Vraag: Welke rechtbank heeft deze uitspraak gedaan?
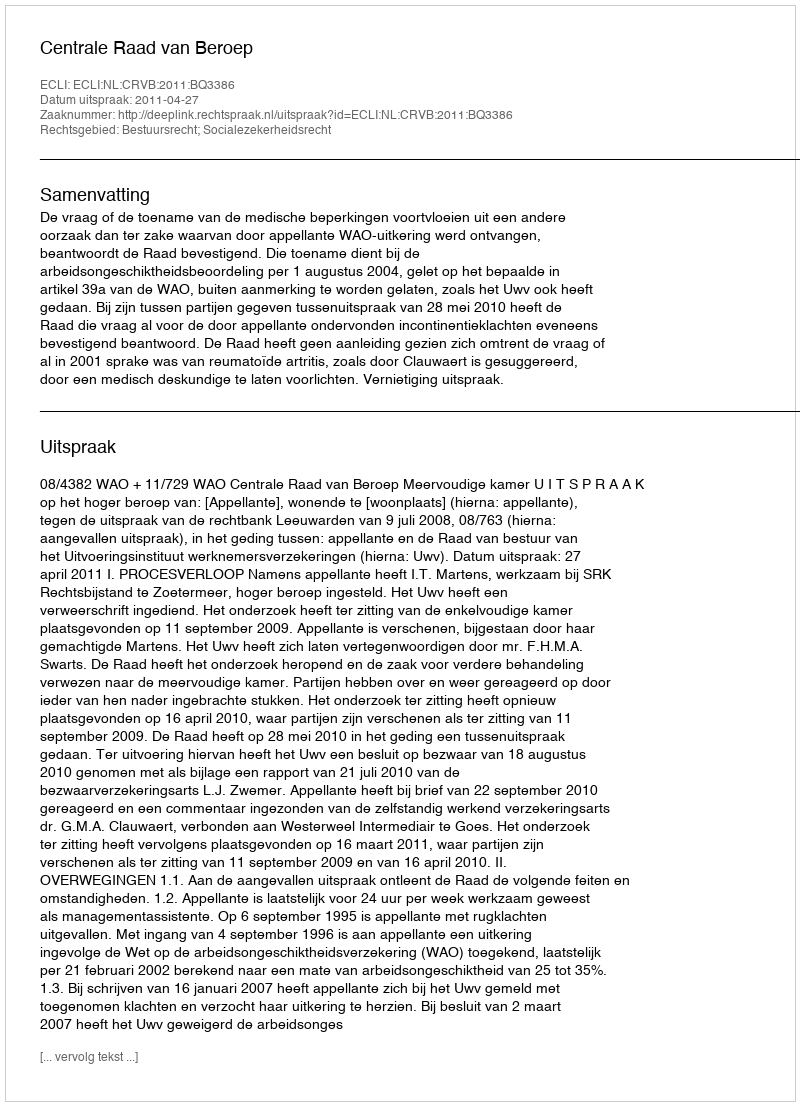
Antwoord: Centrale Raad van Beroep